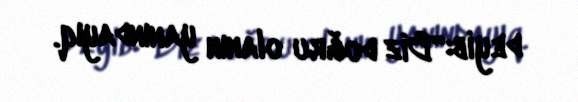
deyib:“Biz doğru olanın yanındayıq.